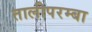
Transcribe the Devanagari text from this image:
तालीपरम्बा